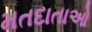
મતદાતાઓ